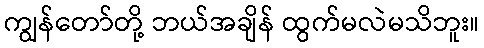
ကျွန်တော်တို့ ဘယ်အချိန် ထွက်မလဲမသိဘူး။